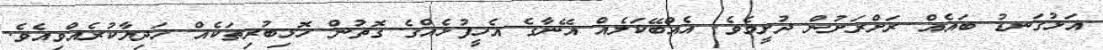
އަޅުގަނޑު ބައެއް ރަށްރަށުން ދުށީމެވެ. އެއްބޭކަލެއް އޭނާގެ އެހީފުޅެއްގެ ގޮތުން ހޮޅިބުރިތަކެއް ހަދިޔާކުރެއްވިއެވެ.